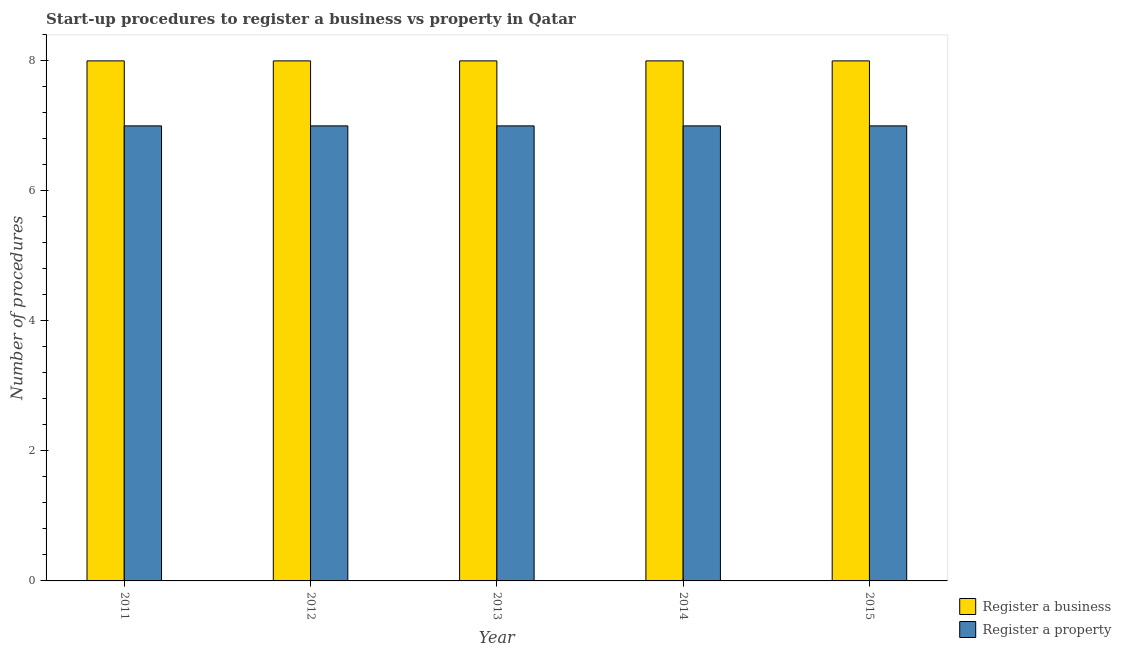
| Year | Register a business | Register a property |
 | --- | --- | --- |
 | 2011 | 8 | 7 |
 | 2012 | 8 | 7 |
 | 2013 | 8 | 7 |
 | 2014 | 8 | 7 |
 | 2015 | 8 | 7 |